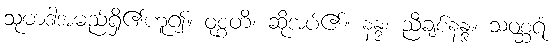
သုမာဒါအမည်ရှိ၏ဟူ၍။ ဝုစ္စတိ၊ ဆိုအပ်၏။ နန္ဒ၊ ညီချစ်နန္ဒ။ သံဝစ္ဆရံ